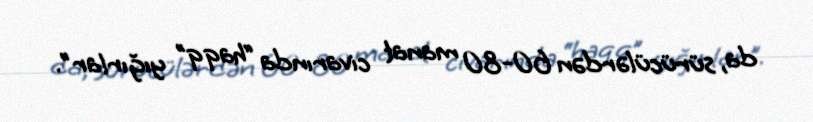
da, sürücülərdən 60-80 manat civarında “haqq” yığırlar".